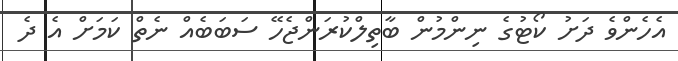
އެހެންވެ ދަށު ކޯޓުގެ ނިންމުން ބާތިލްކުރަންޖެހޭ ސަބަބެއް ނެތް ކަމަށް އެ ދެ